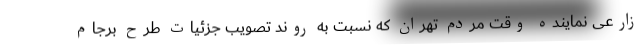
زارعی نماینده وقت مردم تهران که نسبت به روند تصویب جزئیات طرح برجام